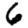
Digit: 6